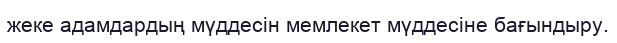
жеке адамдардың мүддесін мемлекет мүддесіне бағындыру.